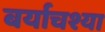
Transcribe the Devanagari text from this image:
बर्याचश्या